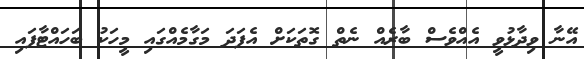
އޭނާ ވިދާޅުވީ އެއްވެސް ބާރެއް ނެތް ގޮތަކަށް އެފަދަ މަގާމެއްގައި މީހަކު ބަހައްޓާފައި